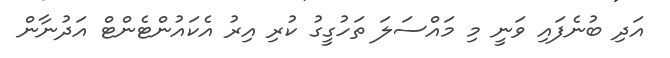
އަދި ބުނެފައި ވަނީ މި މައްސަލަ ތަހުގީގު ކުރި އިރު އެކައުންޓެންޓް އަދުނާން